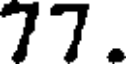
77.